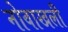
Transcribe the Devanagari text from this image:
नोवाखली